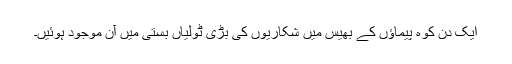
ایک دن کوہ پیماؤں کے بھیس میں شکاریوں کی بڑی ٹولیاں بستی میں آن موجود ہوئیں۔